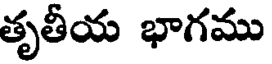
తృతీయ భాగము